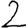
Digit: 2